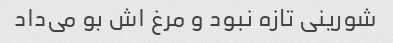
شورینی تازه نبود و مرغ اش بو می‌داد